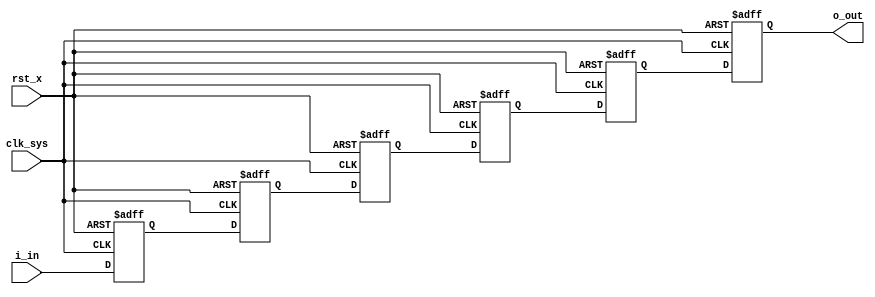
module fm_vout_delay (
    i_in,
    o_out,
    clk_sys,
    rst_x
);
parameter P_WIDTH     = 4;
// P_NUM_DELAY should be greater than 1
parameter P_NUM_DELAY = 6;

//////////////////////////////////
// I/O port definition
//////////////////////////////////
    input  [P_WIDTH-1:0] i_in;
    output [P_WIDTH-1:0] o_out;
    input                clk_sys;
    input                rst_x;
//////////////////////////////////
// regs 
//////////////////////////////////
    reg    [P_WIDTH-1:0] r_delay[0:P_NUM_DELAY-1];

//////////////////////////////////
// assign statement
//////////////////////////////////
    assign o_out = r_delay[P_NUM_DELAY-1];

//////////////////////////////////
// always statement
//////////////////////////////////
    always @(posedge clk_sys or negedge rst_x) begin
        if (~rst_x) begin
            r_delay[0] <= {P_WIDTH{1'b0}};
        end else begin
            r_delay[0] <= i_in;
        end
    end

    // delay register connection
    integer i;
    always @(posedge clk_sys or negedge rst_x) begin
        if (~rst_x) begin
            for ( i = 1; i < P_NUM_DELAY; i = i + 1) begin
                r_delay[i] <= {P_WIDTH{1'b0}};
            end
        end else begin
            for ( i = 1; i < P_NUM_DELAY; i = i + 1) begin
                r_delay[i] <= r_delay[i-1];
            end
        end
    end


endmodule